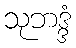
သုဘဒ္ဒံ